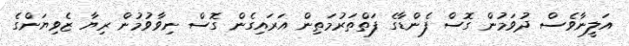
އަލީނާވެސް ދުވަމުން ގޮސް ފެންޑާގެ ފަތްތަރުމަތިން އަރައިގެން ގޮސް ނިވާވުމުން ރިޔާ ޒެވިޔަންގެ